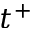
t ^ { + }